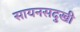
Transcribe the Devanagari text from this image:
सायनसदुखी